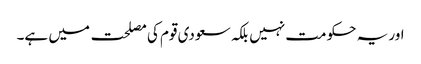
اور یہ حکومت نہیں بلکہ سعودی قوم کی مصلحت میں ہے۔